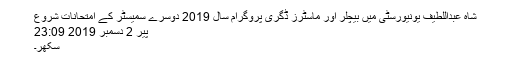
شاہ عبداللطیف یونیورسٹی میں بیچلر اور ماسٹرز ڈگری پروگرام سال 2019 دوسرے سمیسٹر کے امتحانات شروع
پیر 2 دسمبر 2019 23:09
سکھر۔